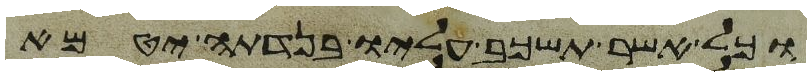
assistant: וכל אשר תשכב עליו בנדתה יטמא